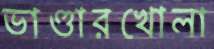
ভাণ্ডারখোলা